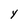
Character: Y